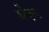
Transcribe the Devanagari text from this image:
घेरू